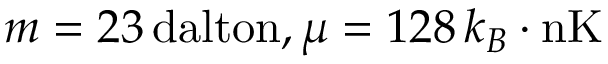
m = 2 3 \, { \mathrm { d a l t o n } } , \mu = 1 2 8 \, k _ { B } \cdot { \mathrm { n K } }